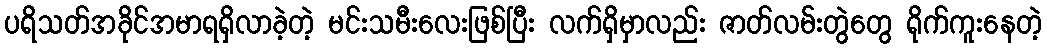
ပရိသတ်အခိုင်အမာရရှိလာခဲ့တဲ့ မင်းသမီးလေးဖြစ်ပြီး လက်ရှိမှာလည်း ဇာတ်လမ်းတွဲတွေ ရိုက်ကူးနေတဲ့